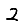
Digit: 2